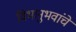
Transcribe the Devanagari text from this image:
विभानुभवांचे